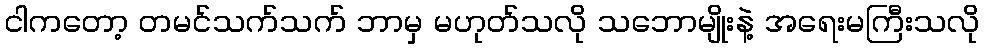
ငါကတော့ တမင်သက်သက် ဘာမှ မဟုတ်သလို သဘောမျိုးနဲ့ အရေးမကြီးသလို